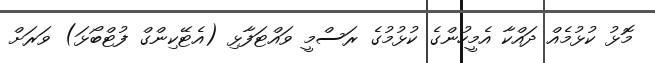
މޮޅު ކުޅުމެއް ދައްކާ އެމީހުންގެ ކުޅުމުގެ ރަސްމީ ވައްޓަފާޅި (އެޓޭކިންގް ފުޓްބޯޅަ) ވަރަށް